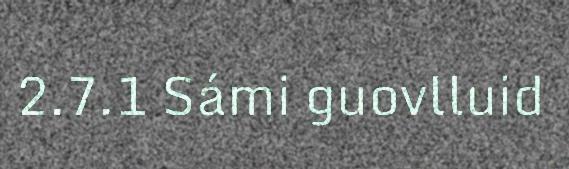
2.7.1 Sámi guovlluid